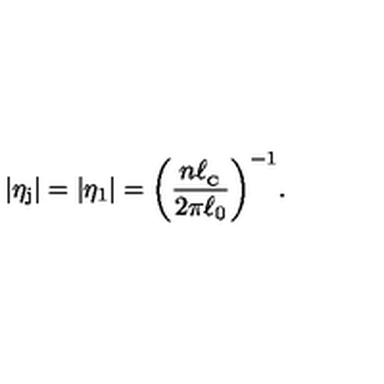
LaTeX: \vert \eta _ { \mathrm { j } } \vert = \vert \eta _ { 1 } \vert = \biggl ( \frac { n \ell _ { _ \mathrm { C } } } { 2 \pi \ell _ { 0 } } \biggl ) ^ { - 1 } .